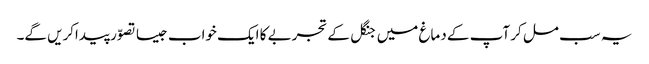
یہ سب مل کر آپ کے دماغ میں جنگل کے تجربے کا ایک خواب جیسا تصوّر پیداکریں گے۔